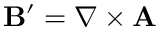
\mathbf { B } ^ { \prime } = \nabla \times \mathbf { A }